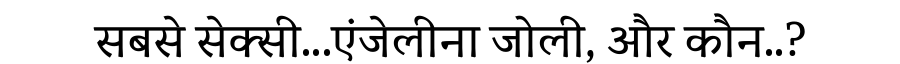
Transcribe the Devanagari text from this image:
सबसे सेक्सी...एंजेलीना जोली, और कौन..?